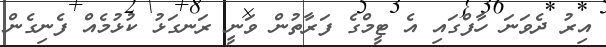
އިރު ދެވަނަ ހާފްގައި އެ ޓީމްގެ ފަރާތުން ވަނީ ރަނގަޅު ކުޅުމެއް ފެނިގެން